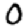
Digit: 0